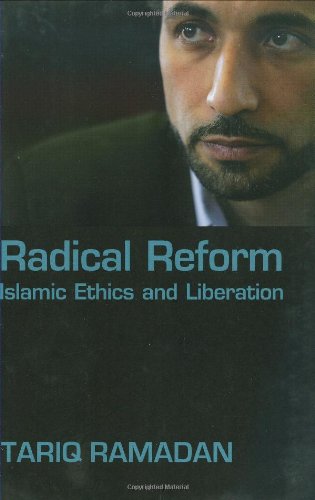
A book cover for Radical Reform: Islamic Ethics and Liberation; Tariq Ramadan; Religion & Spirituality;